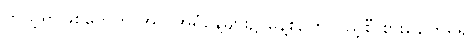
ကိုယ့်ရွာဖြစ်တွေကို အလှူအရံနေ့များ၌ နေ့စဉ်တလှည့်စီ စားနေကြရ၍